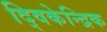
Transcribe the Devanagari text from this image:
द्विकेन्द्रिक